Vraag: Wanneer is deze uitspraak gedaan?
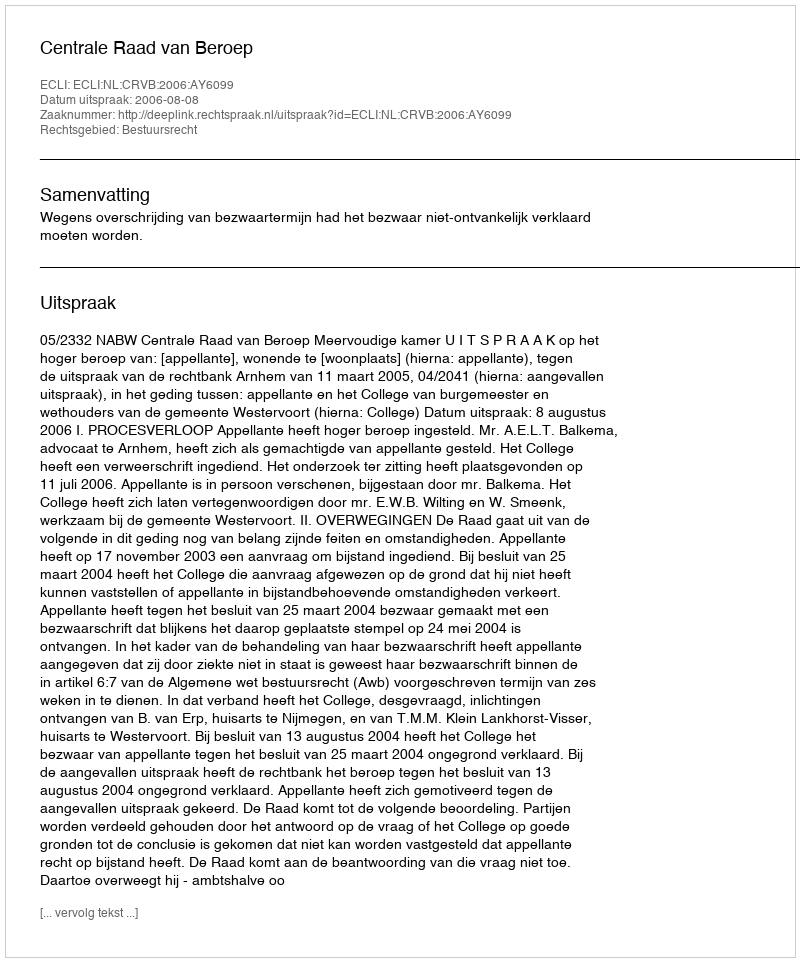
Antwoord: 2006-08-08